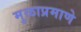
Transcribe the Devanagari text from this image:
मुळाप्रमाणे